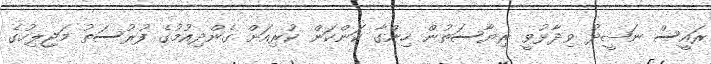
ރައީސް ނަޝީދު ވިދާޅުވީ ރިޔާސަތުން ހިންގާ ކަންކަން ކުރިއަށް ގެންދިއުމުގެ ފުރުސަތު މަޖިލިހުގެ